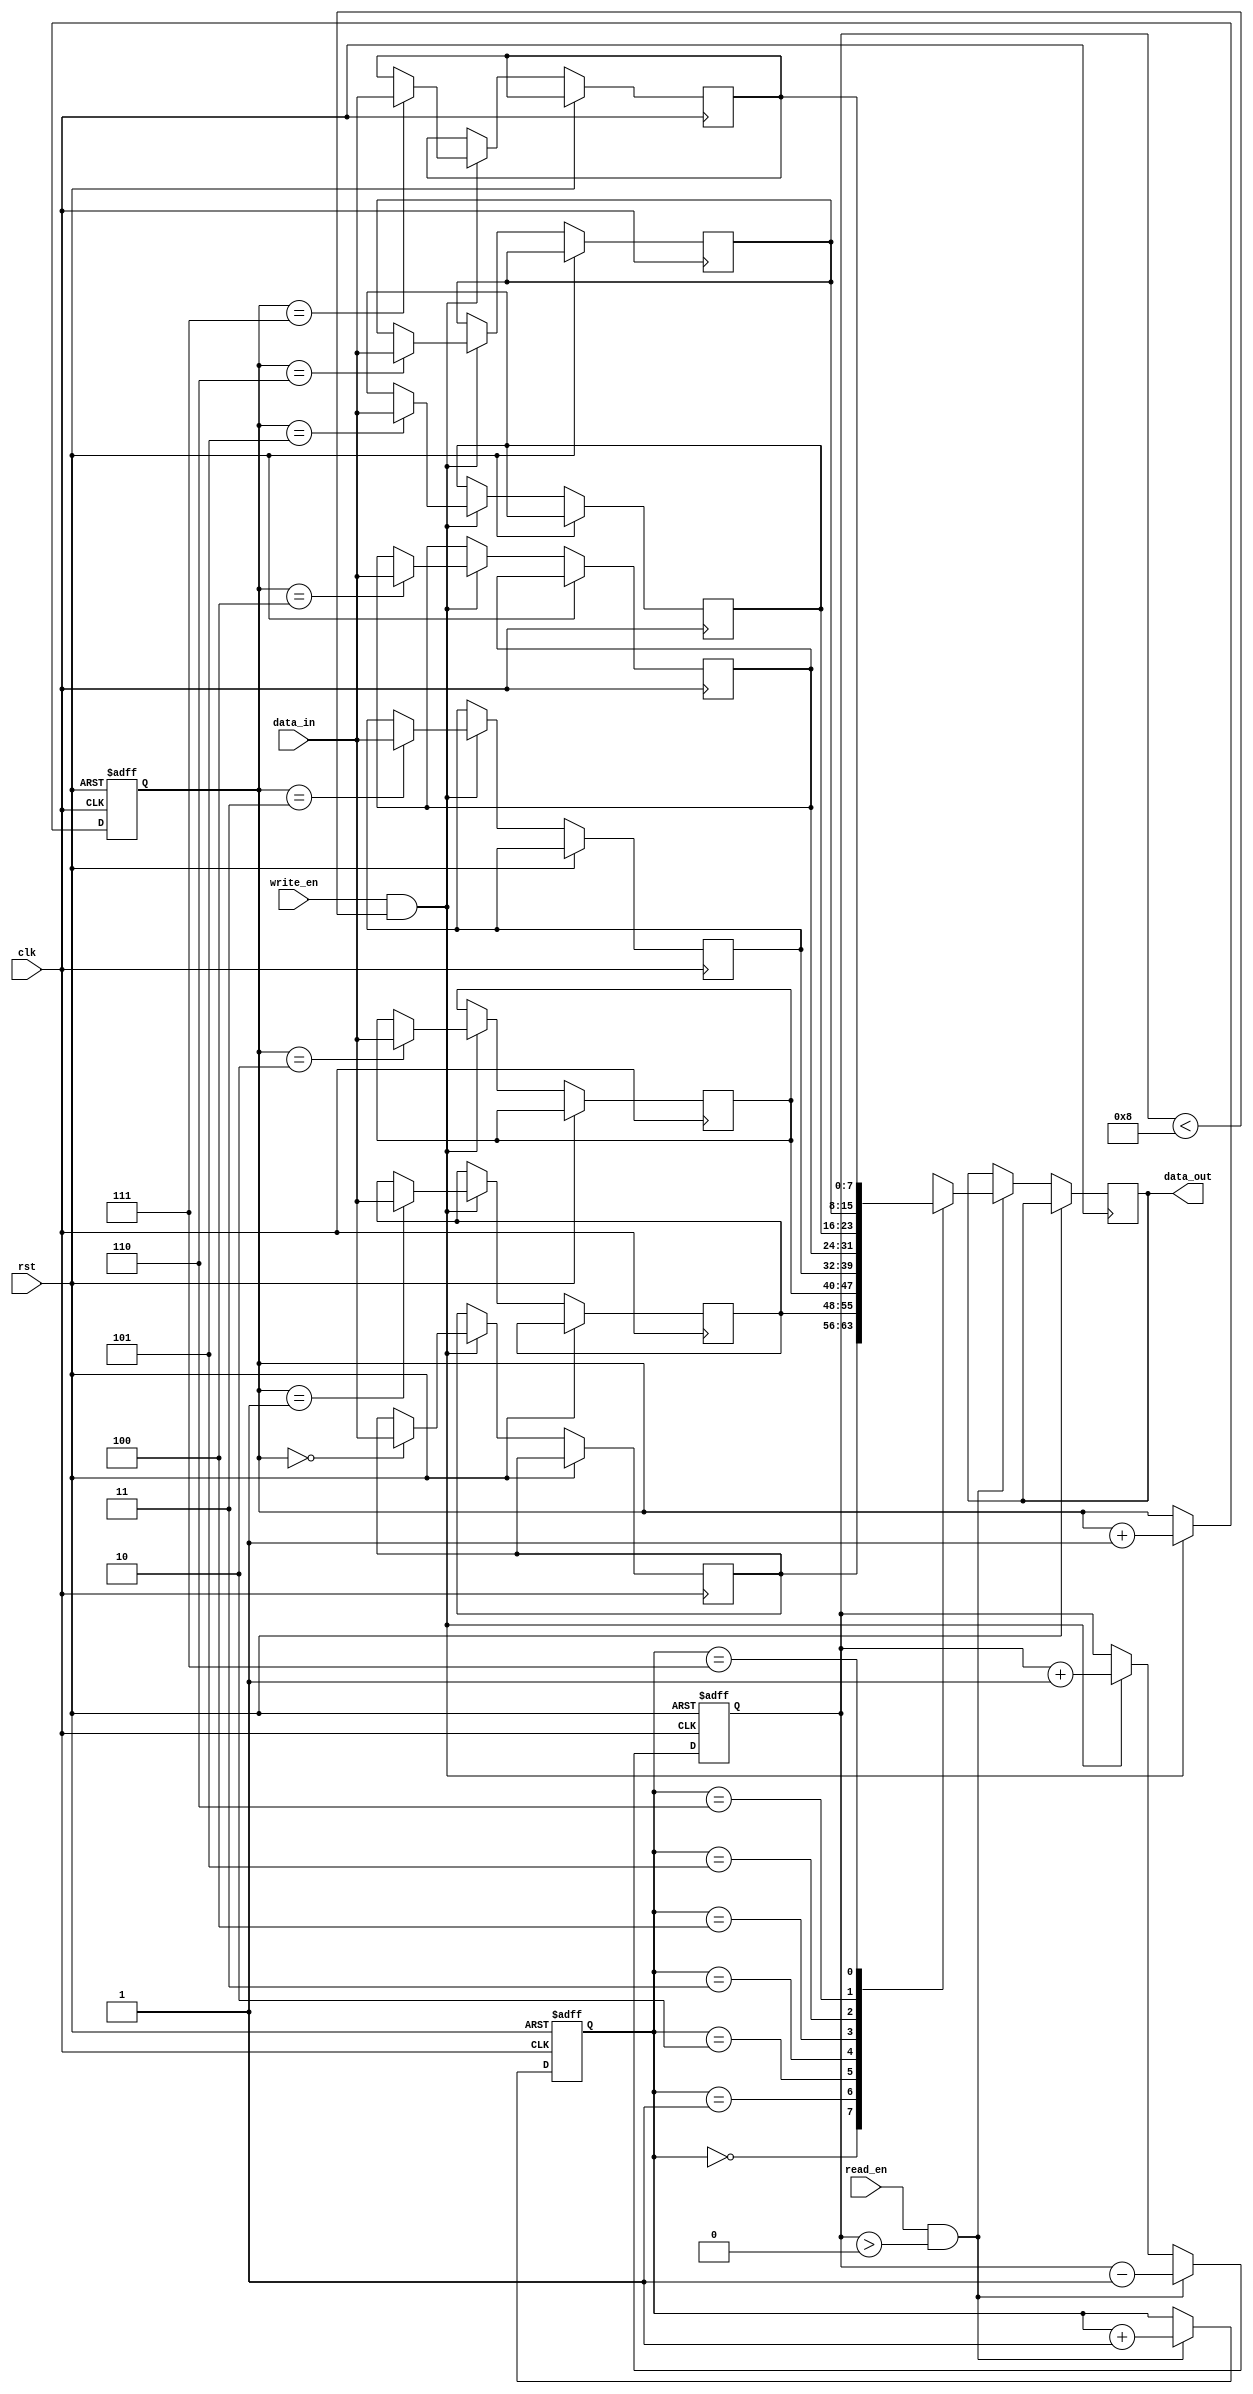
module fifo_buffer
(
  input wire clk,
  input wire rst,
  input wire write_en,
  input wire read_en,
  input wire [7:0] data_in,
  output reg [7:0] data_out
);

parameter FIFO_DEPTH = 8;

reg [7:0] mem [0:FIFO_DEPTH-1];
reg [2:0] write_ptr;
reg [2:0] read_ptr;
reg [2:0] fifo_count;

always @(posedge clk or posedge rst)
begin
  if (rst)
  begin
    write_ptr <= 3'd0;
    read_ptr <= 3'd0;
    fifo_count <= 3'd0;
  end
  else
  begin
    if (write_en && fifo_count < FIFO_DEPTH)
    begin
      mem[write_ptr] <= data_in;
      write_ptr <= write_ptr + 1;
      fifo_count <= fifo_count + 1;
    end

    if (read_en && fifo_count > 0)
    begin
      data_out <= mem[read_ptr];
      read_ptr <= read_ptr + 1;
      fifo_count <= fifo_count - 1;
    end
  end
end

endmodule